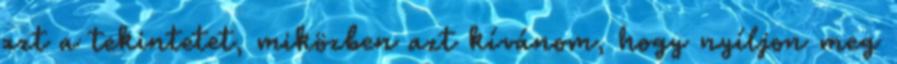
azt a tekintetet, miközben azt kívánom, hogy nyíljon meg